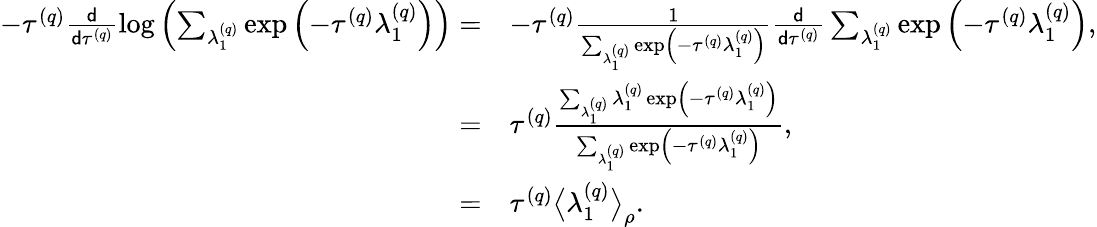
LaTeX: \begin{array}{rl}{-\tau^{\left(q\right)}\frac{\mathsf{d}}{\mathsf{d}\tau^{\left(q\right)}}\log\left(\sum_{\lambda_{1}^{\left(q\right)}}\exp\left(-\tau^{\left(q\right)}\lambda_{1}^{\left(q\right)}\right)\right)=}&{-\tau^{\left(q\right)}\frac{1}{\sum_{\lambda_{1}^{\left(q\right)}}\exp\left(-\tau^{\left(q\right)}\lambda_{1}^{\left(q\right)}\right)}\frac{\mathsf{d}}{\mathsf{d}\tau^{\left(q\right)}}\sum_{\lambda_{1}^{\left(q\right)}}\exp\left(-\tau^{\left(q\right)}\lambda_{1}^{\left(q\right)}\right),}\\ {=}&{\tau^{\left(q\right)}\frac{\sum_{\lambda_{1}^{\left(q\right)}}\lambda_{1}^{\left(q\right)}\exp\left(-\tau^{\left(q\right)}\lambda_{1}^{\left(q\right)}\right)}{\sum_{\lambda_{1}^{\left(q\right)}}\exp\left(-\tau^{\left(q\right)}\lambda_{1}^{\left(q\right)}\right)},}\\ {=}&{\tau^{\left(q\right)}\big\langle\lambda_{1}^{\left(q\right)}\big\rangle_{\rho}.}\end{array}